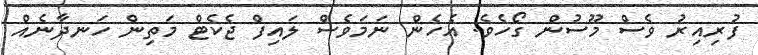
ފުރިއިރު ވެސް މޫސުން ގޯހެވެ. އެހެން ނަމަވެސް ލައިފް ޖެކެޓް މަތިން ހަނދާނެއް